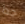
جدا